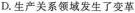
D.生产关系领域发生了变革